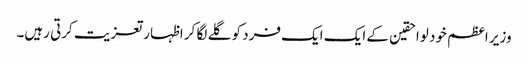
وزیر اعظم خود لواحقین کے ایک ایک فرد کو گلے لگا کر اظہار تعزیت کرتی رہیں۔